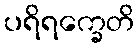
ပရိရက္ခေတိ